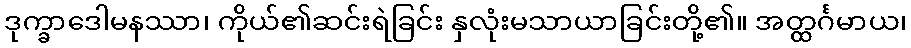
ဒုက္ခာဒေါမနဿာ၊ ကိုယ်၏ဆင်းရဲခြင်း နှလုံးမသာယာခြင်းတို့၏။ အတ္ထင်္ဂမာယ၊